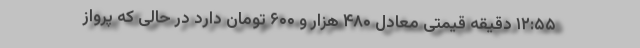
۱۲:۵۵ دقیقه قیمتی معادل ۴۸۰ هزار و ۶۰۰ تومان دارد در حالی که پرواز